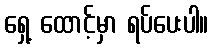
ရှေ့ ထောင့်မှာ ရပ်ပေးပါ။